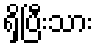
ရှိပြီးသား